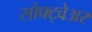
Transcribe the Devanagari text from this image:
सोफ्ट्वेअर